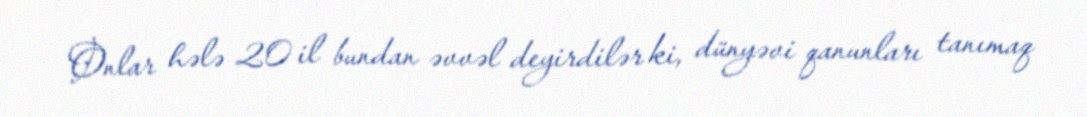
Onlar hələ 20 il bundan əvvəl deyirdilər ki, dünyəvi qanunları tanımaq